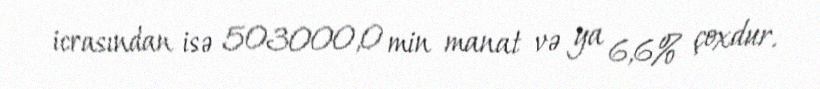
icrasından isə 503000,0 min manat və ya 6,6% çoxdur.